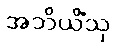
အဘိယိံသု